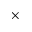
\times